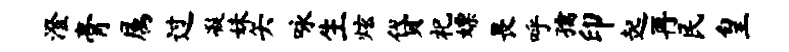
澄膏属过凝妹矢咏生炫贷祀嫖畏呼孺印起再民皇